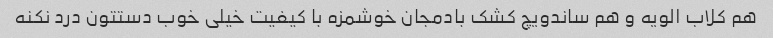
هم کلاب الویه و هم ساندویچ کشک بادمجان خوشمزه با کیفیت خیلی خوب دستتون درد نکنه